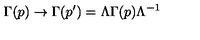
\Gamma ( p ) \rightarrow \Gamma ( p ^ { \prime } ) = \Lambda \Gamma ( p ) \Lambda ^ { - 1 }